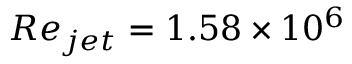
R e _ { j e t } = 1 . 5 8 \times 1 0 ^ { 6 }